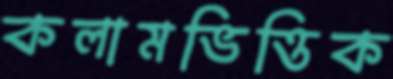
কলামভিত্তিক